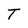
Character: T